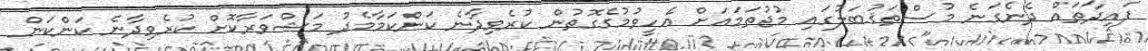
ފައިދާތައް ދެނެގަނެ މުސްތަޤުބަލުގައި މުޖުތަމަޢަށް އެހީވުމުގެގޮތުން ކުރެވިދާނެ ކަންކަމާމެދު މަޝްވަރާކޮށް ކުރެވިދާނެ ކަންކަން